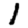
Digit: 1